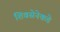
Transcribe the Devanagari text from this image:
शिवसेनेकडे